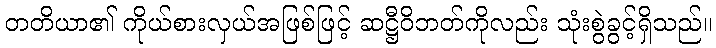
တတိယာ၏ ကိုယ်စားလှယ်အဖြစ်ဖြင့် ဆဋ္ဌီဝိဘတ်ကိုလည်း သုံးစွဲခွင့်ရှိသည်။